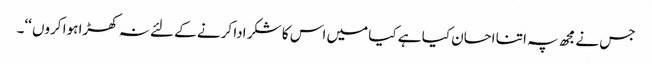
جس نے مجھ پہ اتنا احسان کیا ہے کیا میں اس کا شکر ادا کرنے کے لئے نہ کھڑا ہوا کروں ‘‘۔